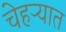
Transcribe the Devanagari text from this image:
चेहऱ्यात